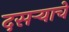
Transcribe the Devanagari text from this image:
दसऱ्याचे